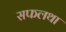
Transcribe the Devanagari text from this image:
सफलथा